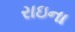
રાઇના